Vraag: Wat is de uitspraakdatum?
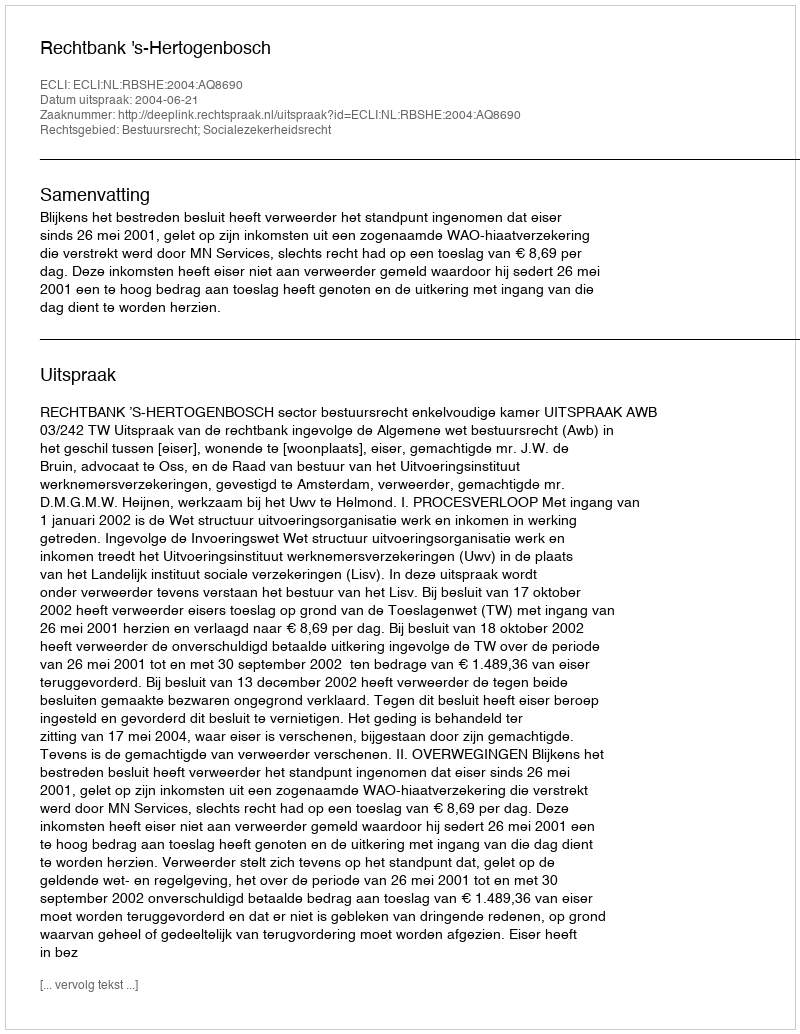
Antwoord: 2004-06-21